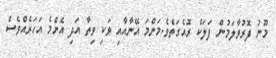
މޫނު ފޮރުވާލަމުން ފަލަކް ރޮއެގަތެވެ.މަންމަ އޭނާއާއި ވަކި ވިތާ އަދި އެންމެ އަހަރެއްވެސް